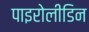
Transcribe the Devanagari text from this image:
पाइरोलीडिन